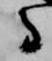
守